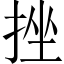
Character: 挫